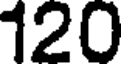
120